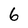
Character: 6